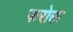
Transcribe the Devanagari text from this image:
फरोक्त